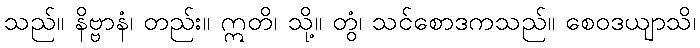
သည်။ နိဗ္ဗာနံ၊ တည်း။ ဣတိ၊ သို့။ တွံ၊ သင်စောဒကသည်။ စေဝဒယျာသိ၊